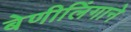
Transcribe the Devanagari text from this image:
बेणीलिंगाने